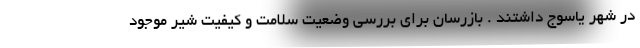
در شهر یاسوج داشتند . بازرسان برای بررسی وضعیت سلامت و کیفیت شیر موجود